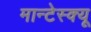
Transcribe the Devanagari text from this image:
मान्टेस्क्यू